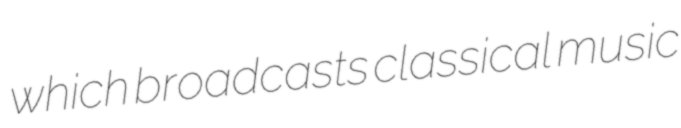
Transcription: which broadcasts classical music